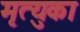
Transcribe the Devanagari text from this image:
मृत्युका